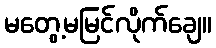
မတွေ့မမြင်လိုက်ချေ။